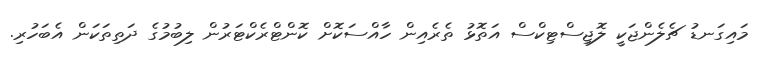
މައިގަނޑު ޗެލެންޖަކީ ލޮޖިސްޓިކްސް އަތޮޅު ތެރެއިން ހާއްސަކޮށް ކޮންޓްރެކްޓަރުން ލިބުމުގެ ދަތިތަކަން އެބަހުރި.